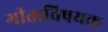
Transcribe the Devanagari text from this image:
गीताविषयक